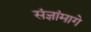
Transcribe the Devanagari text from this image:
संज्ञांमागे